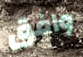
وافق